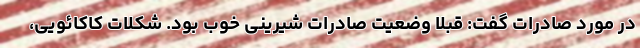
در مورد صادرات گفت: قبلا وضعیت صادرات شیرینی خوب بود. شکلات کاکائویی،